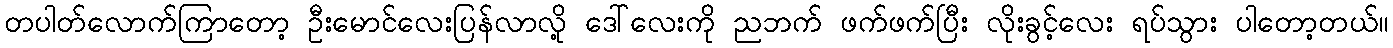
တပါတ်လောက်ကြာတော့ ဦးမောင်လေးပြန်လာလို့ ဒေါ်လေးကို ညဘက် ဖက်ဖက်ပြီး လိုးခွင့်လေး ရပ်သွား ပါတော့တယ်။